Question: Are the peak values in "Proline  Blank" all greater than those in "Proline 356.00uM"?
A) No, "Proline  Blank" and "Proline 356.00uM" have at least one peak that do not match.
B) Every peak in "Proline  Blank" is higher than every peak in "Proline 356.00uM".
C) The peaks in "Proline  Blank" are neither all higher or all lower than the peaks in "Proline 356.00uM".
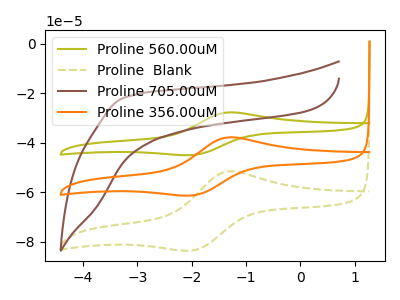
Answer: <think>The olive curve "Proline 560.00uM" has an anodic peak at (-1.30V, -75.65uA) and a cathodic peak at (-2.00V, -122.45uA). The olive dashed curve "Proline  Blank" has an anodic peak at (-1.30V, -51.55uA) and a cathodic peak at (-2.00V, -83.40uA). The brown curve "Proline 705.00uM" has no peaks. The orange curve "Proline 356.00uM" has an anodic peak at (-1.30V, -37.85uA) and a cathodic peak at (-2.00V, -61.20uA).</think>
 <answer>C) The peaks in "Proline  Blank" are neither all higher or all lower than the peaks in "Proline 356.00uM".</answer>
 <eval>C</eval>